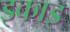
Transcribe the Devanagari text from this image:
इकाइ